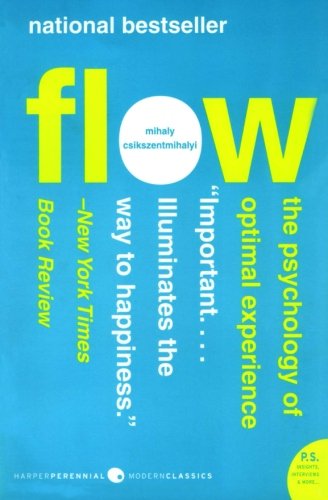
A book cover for Flow: The Psychology of Optimal Experience (Harper Perennial Modern Classics); Mihaly Csikszentmihalyi; Self-Help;